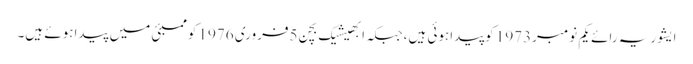
ایشوریہ رائے یکم نومبر1973 کوپیداہوئی ہیں،جبکہ ابھیشیک بچن 5فروری 1976 کوممبئی میں پیداہوئے ہیں۔